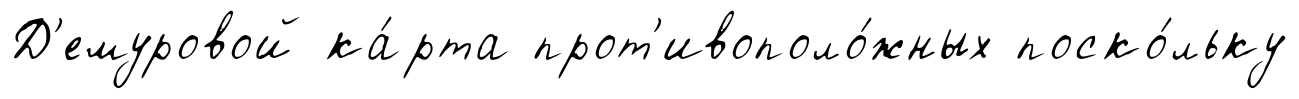
Д'емуровой ка́рта прот'ивополо́жных поско́льку